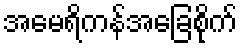
အမေရိကန်အခြေစိုက်